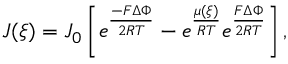
J ( \xi ) = J _ { 0 } \left[ e ^ { \frac { - F \Delta \Phi } { 2 R T } } - e ^ { \frac { \mu ( \xi ) } { R T } } e ^ { \frac { F \Delta \Phi } { 2 R T } } \right] ,